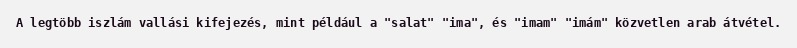
A legtöbb iszlám vallási kifejezés, mint például a "salat" "ima", és "imam" "imám" közvetlen arab átvétel.